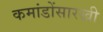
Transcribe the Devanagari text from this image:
कमांडोंसारखी